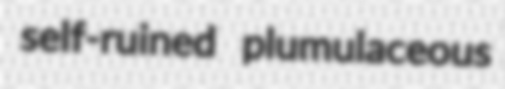
self-ruined plumulaceous